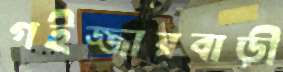
গইজ্জারবাড়ী